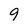
Character: 9